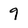
Character: 9